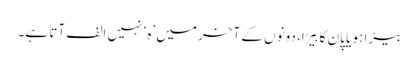
بیڑا ہو یا پان کا بِیڑا، دونوں کے آخر میں ’ہ‘ نہیں الف آتا ہے۔